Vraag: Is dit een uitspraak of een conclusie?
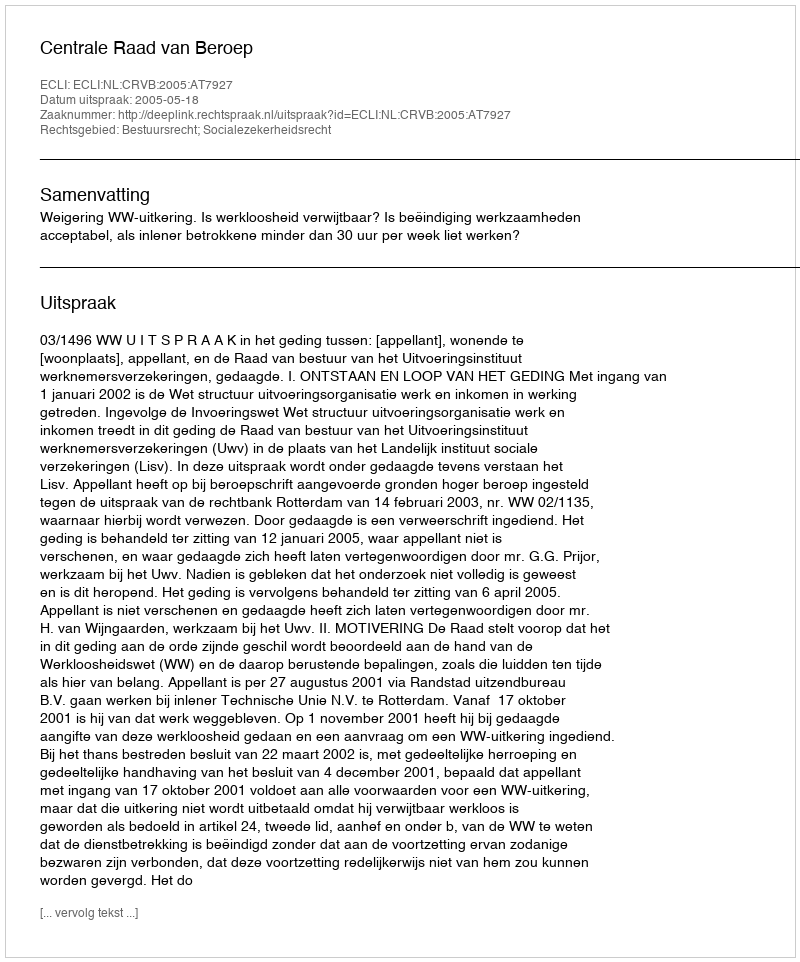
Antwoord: Uitspraak